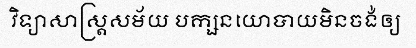
វិទ្យាសាស្ត្រសម័យ បក្សនយោបាយមិនចង់ឲ្យ